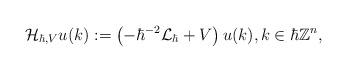
LaTeX: \begin{align*} \mathcal{H}_{\hbar,V}u(k):=\left(-\hbar^{-2}\mathcal{L}_{\hbar}+V\right)u(k),k\in\hbar\mathbb{Z}^{n}, \end{align*}